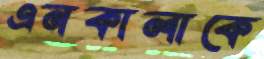
এনকালাকে